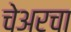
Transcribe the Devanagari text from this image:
चेअरचा